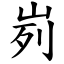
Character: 峛